Annual report on the Civil Veterinary Department, Burma (including the Insein Veterinary School) - 1910-1922
Year: 1910
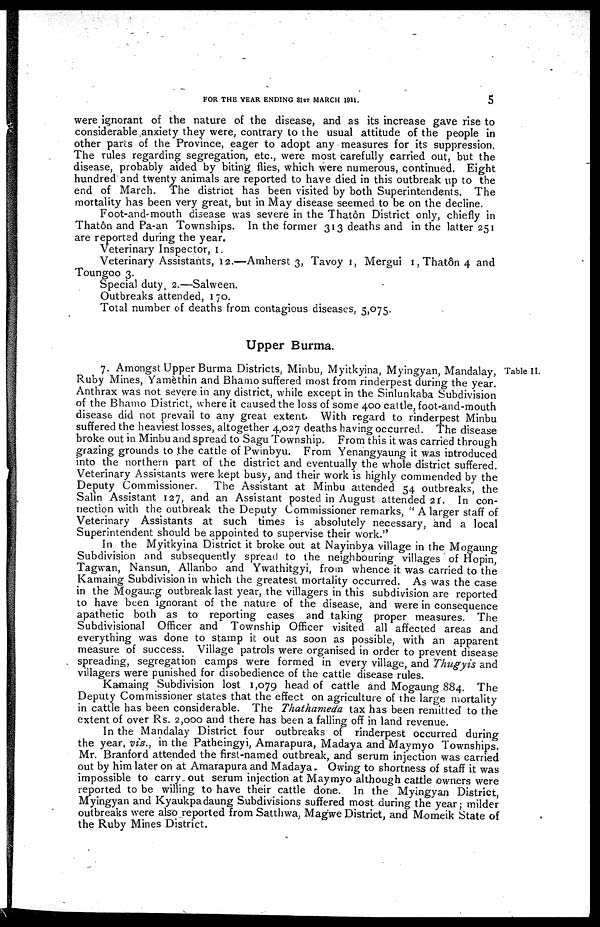
FOR THE YEAR ENDING 31ST MARCH 1911.
5
were ignorant of the nature of the disease, and as its increase gave rise to
considerable anxiety they were, contrary to the usual attitude of the people in
other parts of the Province, eager to adopt any measures for its suppression.
The rules regarding segregation, etc., were most carefully carried out, but the
disease, probably aided by biting flies, which were numerous, continued. Eight
hundred and twenty animals are reported to have died in this outbreak up to the
end of March. The district has been visited by both Superintendents. The
mortality has been very great, but in May disease seemed to be on the decline.
Foot-and-mouth disease was severe in the Thatôn District only, chiefly in
Thatôn and Pa-an Townships. In the former 313 deaths and in the latter 251
are reported during the year.
Veterinary Inspector, 1.
Veterinary Assistants, 12.—Amherst 3, Tavoy 1, Mergui 1,Thatôn4 and
Toungoo 3.
Special duty 2.—Salween.
Outbreaks attended, 170.
Total number of deaths from contagious diseases, 5,075.
Upper Burma.
Table II.
7. Amongst Upper Burma Districts, Minbu, Myitkyina, Myingyan, Mandalay,
Ruby Mines, Yamèthin and Bhamo suffered most from rinderpest during the year.
Anthrax was not severe in any district, while except in the Sinlunkaba Subdivision
of the Bhamo District, where it caused the loss of some 400 cattle, foot-and-mouth
disease did not prevail to any great extent. With regard to rinderpest Minbu
suffered the heaviest losses, altogether 4,027 deaths having occurred. The disease
broke out in Minbu and spread to Sagu Township. From this it was carried through
grazing grounds to the cattle of Pwinbyu. From Yenangyaung it was introduced
into the northern part of the district and eventually the whole district suffered.
Veterinary Assistants were kept busy, and their work is highly commended by the
Deputy Commissioner.
The Assistant at Minbu attended 54 outbreaks, the
Salin Assistant 127, and an Assistant posted in August attended 21. In con-
nection with the outbreak the Deputy Commissioner remarks, " A larger staff of
Veterinary Assistants at such times is absolutely necessary, and a local
Superintendent should be appointed to supervise their work."
In the Myitkyina District it broke out at Nayinbya village in the Mogaung
Subdivision and subsequently spread to the neighbouring villages of Hopin,
Tagwan, Nansun, Allanbo and Ywathitgyi, from whence it was carried to the
Kamaing Subdivision in which the greatest mortality occurred. As was the case
in the Mogaung outbreak last year, the villagers in this subdivision are reported
to have been ignorant of the nature of the disease, and were in consequence
apathetic both as to reporting cases and taking proper measures. The
Subdivisional Officer and Township Officer visited all affected areas and
everything was done to stamp it out as soon as possible, with an apparent
measure of success. Village patrols were organised in order to prevent disease
spreading, segregation camps were formed in every village, and Thugyis and
villagers were punished for disobedience of the cattle disease rules.
Kamaing Subdivision lost 1,079 head of cattle and Mogaung 884. The
Deputy Commissioner states that the effect on agriculture of the large mortality
in cattle has been considerable. The Thathameda tax has been remitted to the
extent of over Rs. 2,000 and there has been a falling off in land revenue.
In the Mandalay District four outbreaks of rinderpest occurred during
the year, viz., in the Patheingyi, Amarapura, Madaya and Maymyo Townships.
Mr. Branford attended the first-named outbreak, and serum injection was carried
out by him later on at Amarapura and Madaya
Owing to shortness of staff it was
impossible to carry out serum injection at Maymyo although cattle owners were
reported to be willing to have their cattle done. In the Myingyan District,
Myingyan and Kyaukpadaung Subdivisions suffered most during the year; milder
outbreaks were also reported from Satthwa, Magwe District, and Momeik State of
the Ruby Mines District.